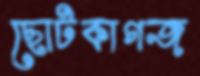
ছোটকাগজ